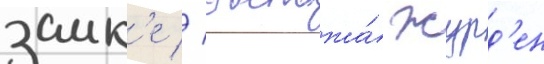
замк'е // Госпожа́ журд'ен